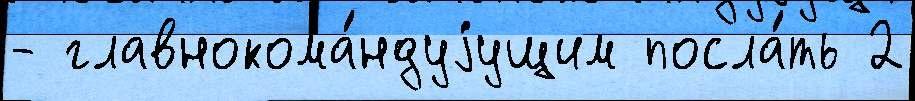
- главнокома́ндуjущим посла́ть 2